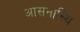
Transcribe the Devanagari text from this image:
आसनास्थि